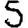
Digit: 5